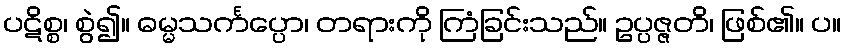
ပဋိစ္စ၊ စွဲ၍။ ဓမ္မသင်္ကပ္ပော၊ တရားကို ကြံခြင်းသည်။ ဥပ္ပဇ္ဇတိ၊ ဖြစ်၏။ ပ။